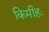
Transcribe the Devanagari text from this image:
किमीहः